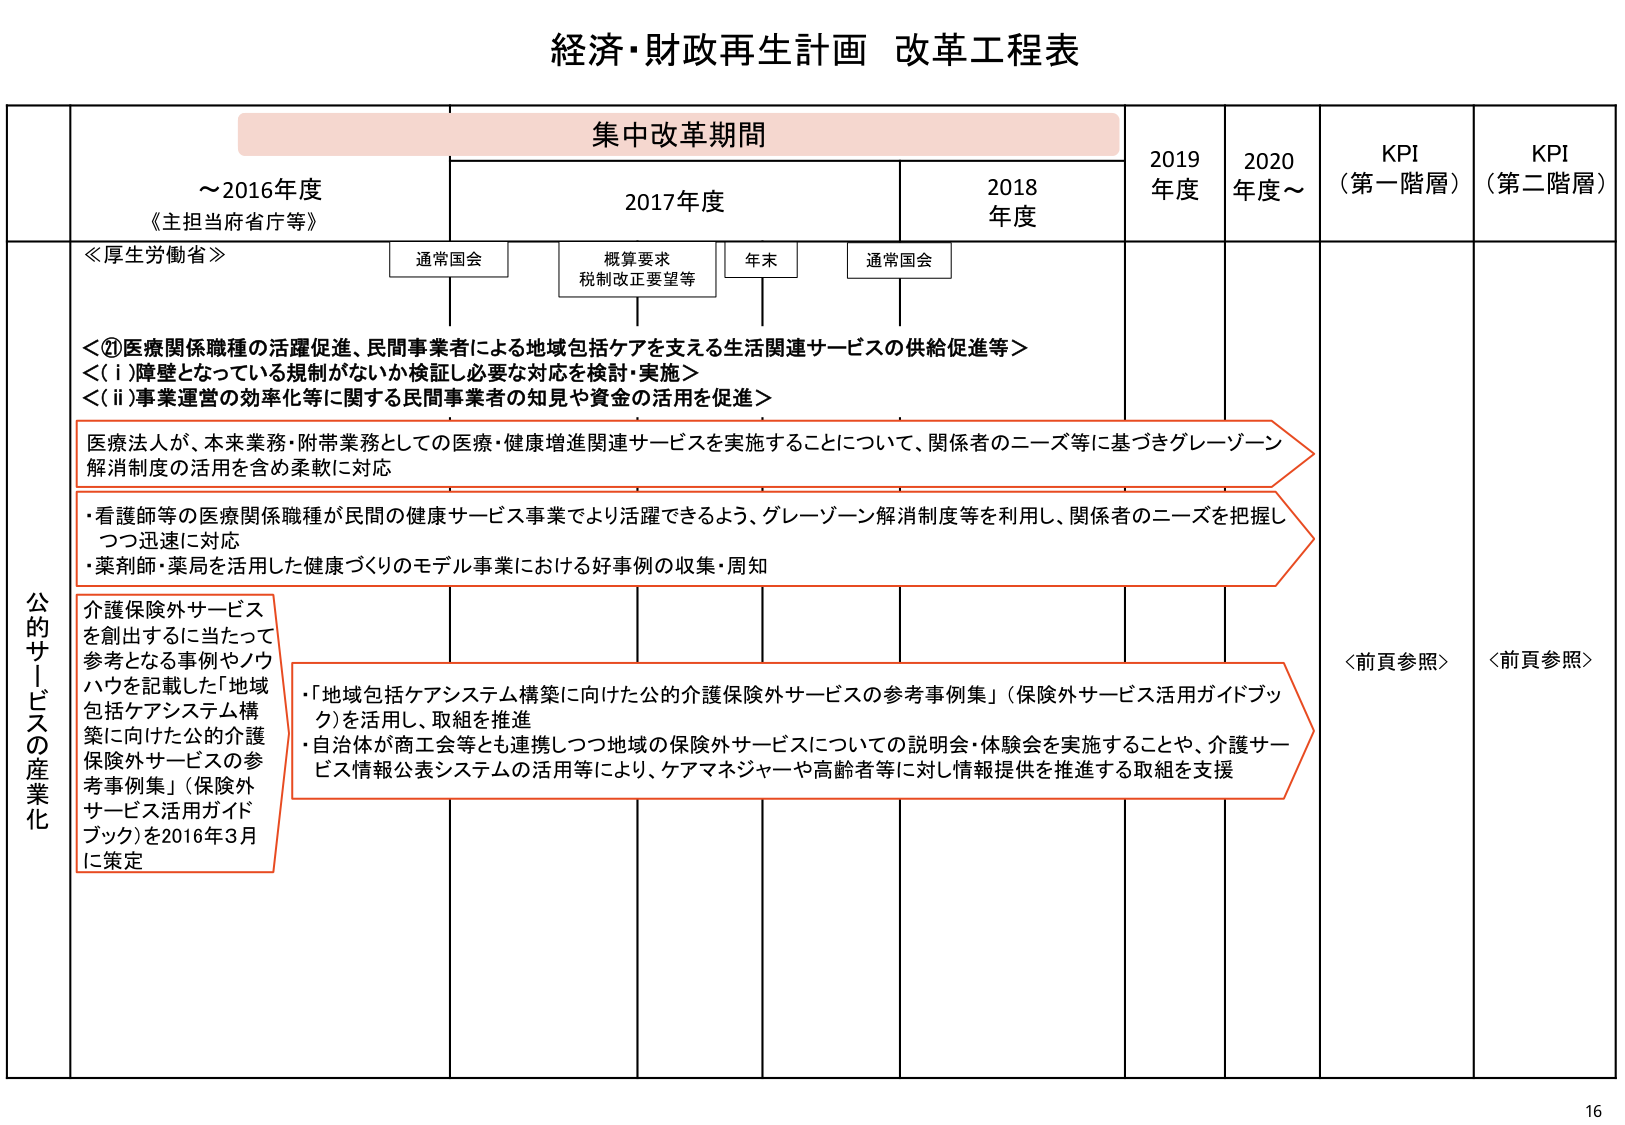
経済・財政再生計画 改革工程表

集中改革期間

～2016年度
《主担当府省庁等》

2017年度
通常国会
概算要求
税制改正要望等
年末
通常国会

2018年度

2019年度

2020年度～

KPI
（第一階層）

KPI
（第二階層）

≪厚生労働省≫

＜①医療関係職種の活躍促進、民間事業者による地域包括ケアを支える生活関連サービスの供給促進等＞
＜(i)障壁となっている規制がないか検証し必要な対応を検討・実施＞
＜(ii)事業運営の効率化等に関する民間事業者の知見や資金の活用を促進＞

医療法人が、本来業務・附帯業務としての医療・健康増進関連サービスを実施することについて、関係者のニーズ等に基づきグレーゾーン解消制度の活用を含め柔軟に対応

・看護師等の医療関係職種が民間の健康サービス事業でより活躍できるよう、グレーゾーン解消制度等を利用し、関係者のニーズを把握しつつ迅速に対応
・薬剤師・薬局を活用した健康づくりのモデル事業における好事例の収集・周知

介護保険外サービスを創出するに当たって参考となる事例やノウハウを記載した「地域包括ケアシステム構築に向けた公的介護保険外サービスの参考事例集」（保険外サービス活用ガイドブック）を2016年3月に策定

・「地域包括ケアシステム構築に向けた公的介護保険外サービスの参考事例集」（保険外サービス活用ガイドブック）を活用し、取組を推進
・自治体が商工会等とも連携しつつ地域の保険外サービスについての説明会・体験会を実施することや、介護サービス情報公表システムの活用等により、ケアマネジャーや高齢者等に対し情報提供を推進する取組を支援

公的サービスの産業化

＜前頁参照＞
＜前頁参照＞

16